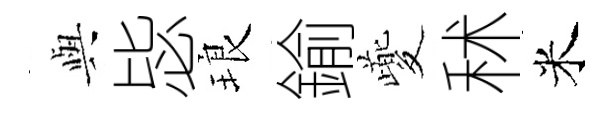
𫤰毖琅鍮夔秫米